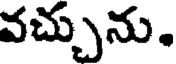
వచ్చును.